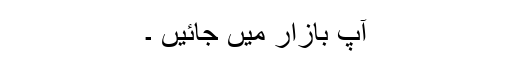
آپ بازار میں جائیں ۔